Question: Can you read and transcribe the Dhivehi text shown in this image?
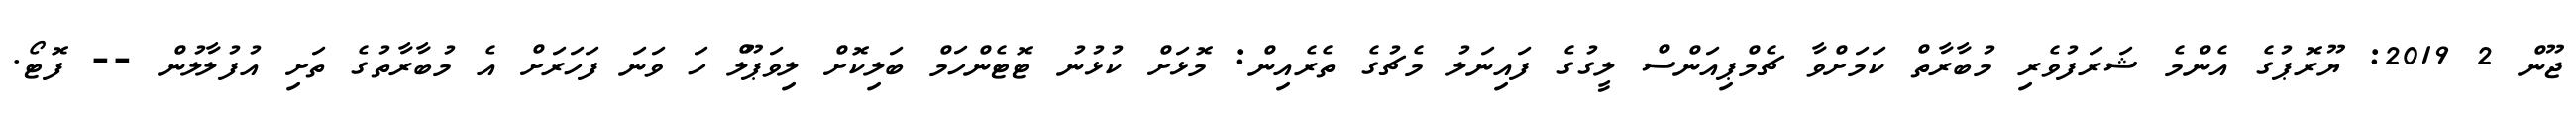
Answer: ޖޫން 2 2019: ޔޫރޮޕުގެ އެންމެ ޝަރަފުވެރި މުބާރާތް ކަމަށްވާ ޗެމްޕިއަންސް ލީގުގެ ފައިނަލު މެޗުގެ ތެރެއިން: މޮޅަށް ކުޅުނު ޓޮޓެންހަމް ބަލިކޮށް ލިވަޕޫލް ހަ ވަނަ ފަހަރަށް އެ މުބާރާތުގެ ތަށި އުފުލާލުން -- ފޮޓޯ.